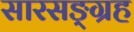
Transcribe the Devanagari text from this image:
सारसङ्ग्रह